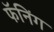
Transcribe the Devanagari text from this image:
फॅनिंग